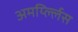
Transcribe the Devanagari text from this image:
अमर्य्ल्लिस